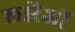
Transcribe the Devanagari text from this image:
लारेंजों